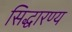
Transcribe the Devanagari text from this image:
सिद्धारण्य